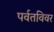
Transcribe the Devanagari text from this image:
पर्वतविवर